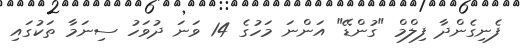
ފެނިގެންދާ ފިލްމް "ގުންޑޭ" އަންނަ މަހުގެ 14 ވަނަ ދުވަހު ސިނަމާ ތަކުގައި